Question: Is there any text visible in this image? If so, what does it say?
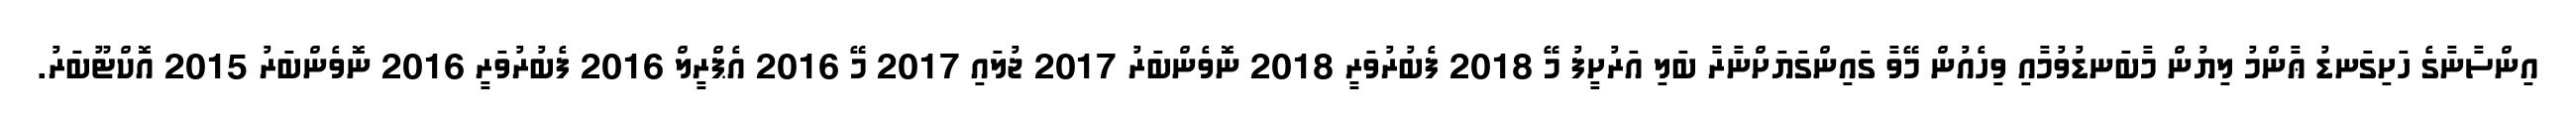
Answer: އިންސާނާގެ ހަށިގަނޑު ޢާންމު ލިޔުން މާބަނޑުވުމާއި ވިހެއުން މޭވާ ގައިންގަޔަށްނާރާ ބަލި އަރުށީފު މޭ 2018 ފެބުރުވަރީ 2018 ނޮވެންބަރު 2017 ޖުލައި 2017 މޭ 2016 އެޕްރީލް 2016 ފެބުރުވަރީ 2016 ނޮވެންބަރު 2015 އޮކްޓޫބަރު.